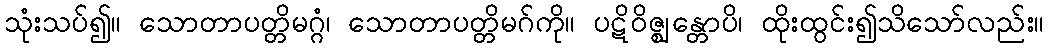
သုံးသပ်၍။ သောတာပတ္တိမဂ္ဂံ၊ သောတာပတ္တိမဂ်ကို။ ပဋိဝိဇ္ဈန္တောပိ၊ ထိုးထွင်း၍သိသော်လည်း။